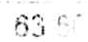
63.50